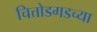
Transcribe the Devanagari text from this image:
चित्तोडगडच्या